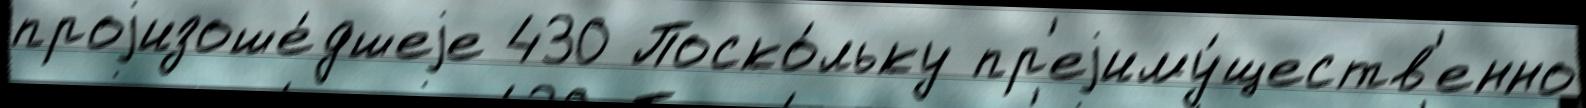
проjизоше́дшеjе 430 Поско́льку пр'еjиму́ществ'енно